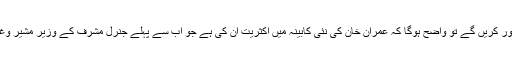
اگر آپ غور کریں گے تو واضح ہوگا کہ عمران خان کی نئی کابینہ میں اکثریت ان کی ہے جو اب سے پہلے جنرل مشرف کے وزیر مشیر وغیرہ تھے۔